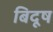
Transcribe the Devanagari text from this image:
बिदूष